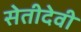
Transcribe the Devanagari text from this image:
सेतीदेवी